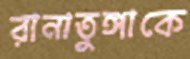
রানাতুঙ্গাকে